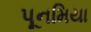
પૂનમિયા